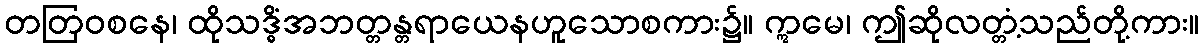
တတြဝစနေ၊ ထိုသဒ္ဓိံအဘတ္တန္တရာယေနဟူသောစကား၌။ ဣမေ၊ ဤဆိုလတ္တံ့သည်တို့ကား။